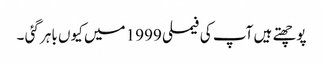
پوچھتے ہیں آپ کی فیملی 1999 میں کیوں باہر گئی ۔